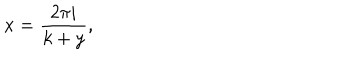
x = { \frac { 2 \pi i } { k + y } } ,